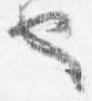
也